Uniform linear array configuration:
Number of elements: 8
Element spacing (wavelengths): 1
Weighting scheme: hamming
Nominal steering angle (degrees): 45
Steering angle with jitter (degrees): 46.694
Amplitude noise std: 0.05
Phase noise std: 0.05

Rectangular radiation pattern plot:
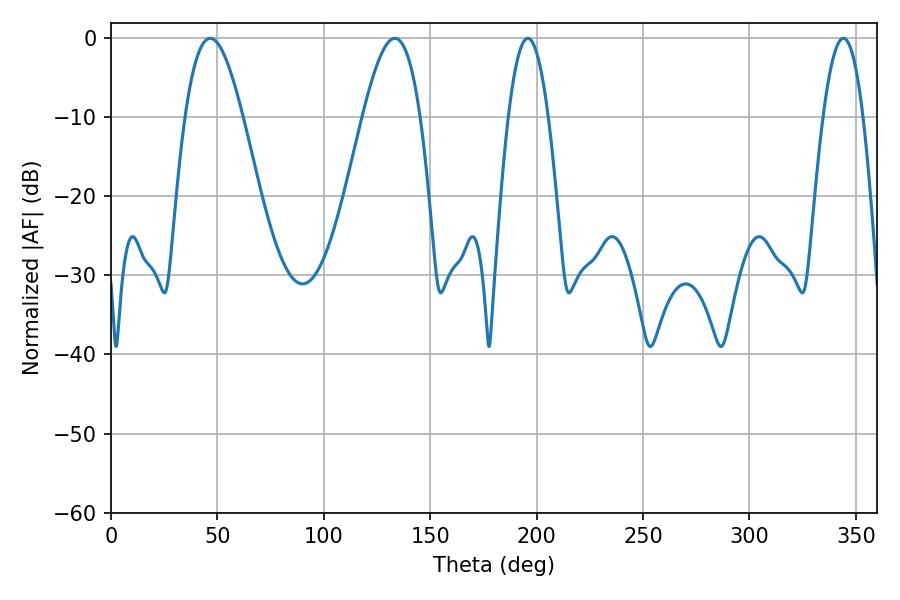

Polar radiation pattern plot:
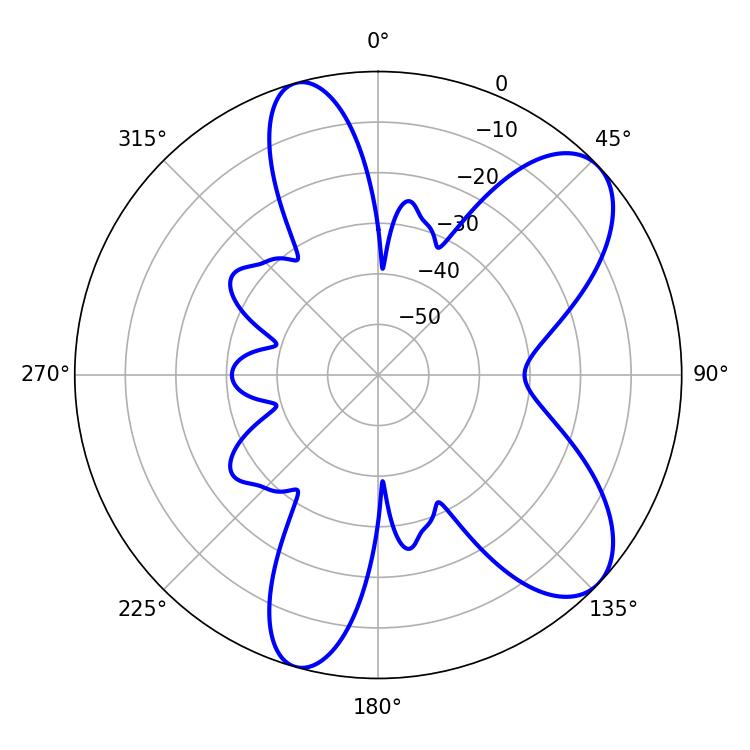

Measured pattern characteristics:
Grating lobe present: TRUE
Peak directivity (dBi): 8.208
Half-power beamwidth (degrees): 14.76
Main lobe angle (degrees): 46.62